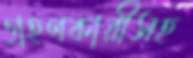
গ্রহণকারীসহ